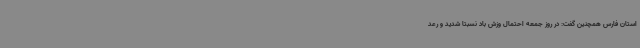
استان فارس همچنین گفت: در روز جمعه احتمال وزش باد نسبتا شدید و رعد